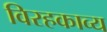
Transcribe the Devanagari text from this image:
विरहकाव्य